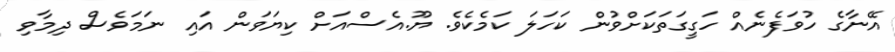
އޭނާގެ ހުވަފެނެއް ހަގީގަތަކަށްވުން ކަހަލަ ކަމެކެވެ. ޔޫ.އެސްއަށް ކިޔަވަން އައި ނަމަވެސް ދިމާވި